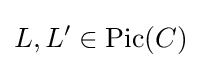
L,L'\in \operatorname {Pic} (C)